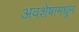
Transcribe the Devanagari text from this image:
अवशेषामधून